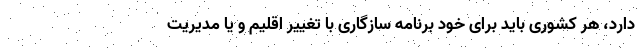
دارد، هر کشوری باید برای خود برنامه سازگاری با تغییر اقلیم و یا مدیریت